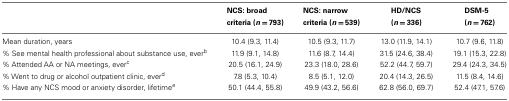
|  | NCS: broad criteria (n = 793) | NCS: narrow criteria (n = 539) | HD/NCS (n = 336) | DSM-5 (n = 762) |
 | --- | --- | --- | --- | --- |
 | Mean duration, years | 10.4 (9.3, 11.4) | 10.5 (9.3, 11.7) | 13.0 (11.9, 14.1) | 10.7 (9.6, 11.8) |
 | % See mental health professional about substance use, everb | 11.9 (9.1, 14.8) | 11.6 (8.7, 14.4) | 31.5 (24.6, 38.4) | 19.1 (15.3, 22.8) |
 | % Attended AA or NA meetings, everc | 20.5 (16.1, 24.9) | 23.3 (18.0, 28.6) | 52.2 (44.7, 59.7) | 29.4 (24.3, 34.5) |
 | % Went to drug or alcohol outpatient clinic, everd | 7.8 (5.3, 10.4) | 8.5 (5.1, 12.0) | 20.4 (14.3, 26.5) | 11.5 (8.4, 14.6) |
 | % Have any NCS mood or anxiety disorder, lifetimee | 50.1 (44.4, 55.8) | 49.9 (43.2, 56.6) | 62.8 (56.0, 69.7) | 52.4 (47.1, 57.6) |